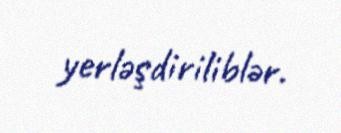
yerləşdiriliblər.